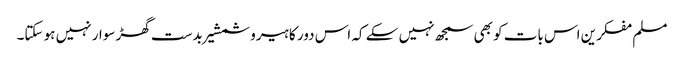
مسلم مفکرین اس بات کو بھی سمجھ نہیں سکے کہ اس دور کا ہیرو شمشیر بدست گھڑ سوار نہیں ہو سکتا۔